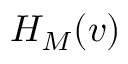
H _ { M } ( v )